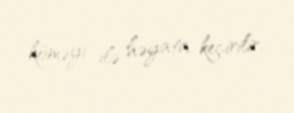
köməyi ilə həyata keçirilir.